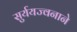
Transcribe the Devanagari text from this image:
सुर्ययज्वनाने